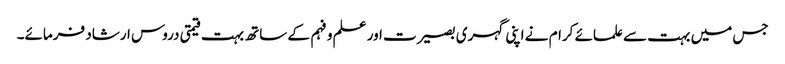
جس میں بہت سے علمائے کرام نے اپنی گہری بصیرت اور علم و فہم کے ساتھ بہت قیمتی دروس ارشاد فرمائے۔